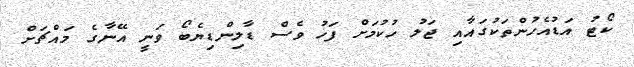
ކޯޓު އަޑުއެހުންތަކުގައާއި ޖަލު ހުކުމަށް ފަހު ވެސް ޑާލިންޑިޔެބޯ ވަނީ އޭނާގެ މައްޗަށް